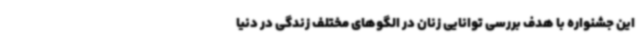
این جشنواره با هدف بررسی توانایی زنان در الگوهای مختلف زندگی در دنیا